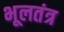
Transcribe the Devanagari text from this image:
भूलतंत्र